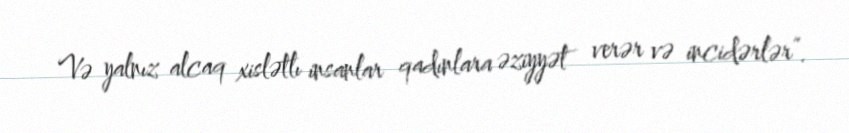
Və yalnız alcaq xislətlı insanlar qadınlara əziyyət verər və incidərlər”.